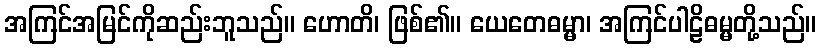
အကြင်အမြင်ကိုဆည်းဘူသည်။ ဟောတိ၊ ဖြစ်၏။ ယေတေဓမ္မာ၊ အကြင်ပါဠိဓမ္မတို့သည်။